[Report on the health of British troops in the Madras command]
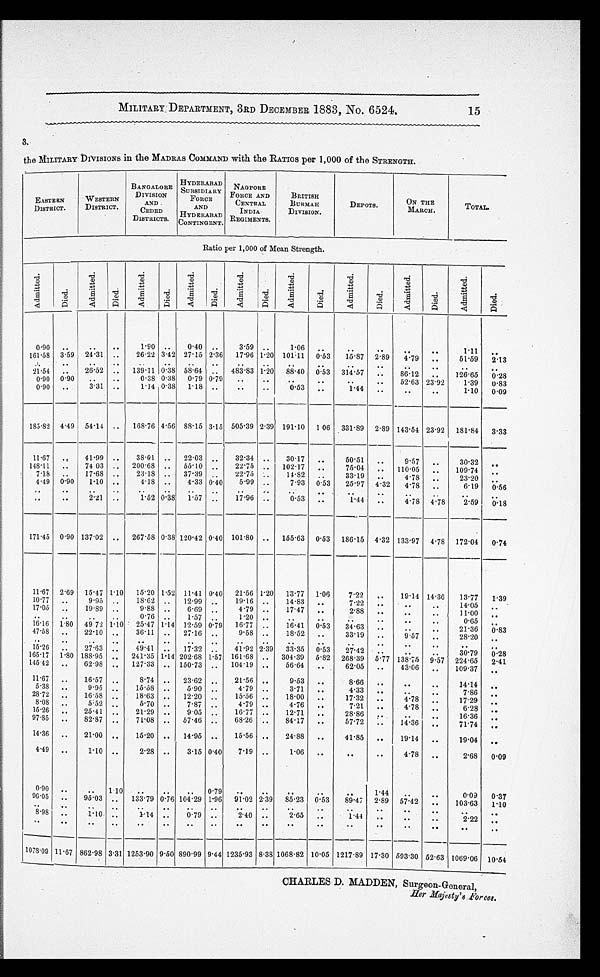
MILITARY DEPARTMENT, 3RD DECEMBER 1883, No. 6524.
15
3.
the MILITARY DIVISIONS in the MADRAS COMMAND with the RATIOS per 1,000 of the STRENGTH.
EASTERN
DISTRICT.
WESTERN
DISTRICT.
BANGALORE
DIVISION
AND
CEDED
DISTRICTS.
HYDERABAD
SUBSIDIARY
FORCE
AND
HYDERABAD
CONTINGENT.
NAGPORE
FORCE AND
CENTRAL
INDIA
EGIMENTS.
BRITISH
BURMAH
DIVISION .
DEPOTS.
ON THE
MARCH.
TOTAL.
Ratio per 1,000 of Mean Strength.
Admi t t ed.
Died.
Admi t t ed.
Di ed.
Admi t t ed.
Di ed.
Admi t t ed.
Di ed.
Admi t t e d.
Di ed.
Admi t t ed.
Di ed.
Admi t t ed.
Di ed.
Ad mi t t e d .
Died.
Ad mi t t e d .
Died.
0.9
..
..
..
1.90 ..
0.40 ..
3.59 ..
1.06 ..
..
..
..
..
1.11 ..
161.58 3.59 24.31 ..
26.22 3.42 27.15 2.36 17.96 1.20 101.11 0.53
15.87 2.89 4.79 ..
51.59 2.13
..
.. ..
.. ..
.. ..
.. ..
.. ..
..
..
..
..
..
..
..
21.54 ..
26.52 .. 139.11 0.38 58.64 .. 483.83 1.20 88.40 0.53 314.57 ..
86.12 ..
126.65 0.28
0.90 0.90
..
..
0.38 0.38 0.79 0.79
..
..
..
.. ..
..
52.63 23.92
1.39 0.83
0.90 ..
3.31 ..
1.14 0.38 1.18 ..
..
..
0.53 ..
1.44 ..
..
..
1.10 0.09
185.82 4.49 54.14 .. 168.76 4.56 88.15 3.15 505.39 2.39 191.10 1.06 331.89 2.89
143.54 23.92 181.84 3.33
11.67 ..
41.99 ..
38.01
..
22.03 ..
32.34
..
30.17 ..
50.51 ..
9.57 ..
30.32 ..
148.11 ..
74.03 .. 200.68 .. 55.10 ..
22.75 ..
102.17 ..
75.04 .. 110.05 ..
109.74 ..
7.18
..
17.68 ..
23.18 .. 37.39 ..
22.75 ..
14.82 ..
33.19 ..
4.78
..
23.20
..
4.49 0.90
1.10 ..
4.18 ..
4.33 0.40
5.99 ..
7.93 0.53
25.97 4.32 4.78 ..
6.19 0.56
..
..
..
..
..
..
..
..
..
.. ..
..
..
..
..
..
..
..
..
..
2.21 ..
1.52 0.38 1.57 ..
17.96 ..
0.53 ..
1.44 ..
4.78 4.78
2.59 0.18
171.45 0.90 137.02 .. 267.58 0.38 120.42 0.40 101.80 .. 155.63 0.53 186.15 4.32 133.97 4.78 172.04 0.74
11.67 2.69 15.17
1.10
15.20 1.52 11.41 0.40 21.56 1.20 13.77 1.06
7.22 ..
19.14 14.36
13.77
1.39
10.77 ..
9.95 ..
18.62 .. 12.99 ..
19.16 ..
14.83 ..
7.22 ..
..
..
14.05 ..
17.05 ..
19.89 ..
9.88 ..
6.69 ..
4.79 ..
17.47 ..
2.88 .. ..
..
11.00
..
..
..
..
..
0.76 ..
1.57 ..
1.20 ..
..
.. ..
..
..
..
0.65 ..
16.16 1.80 49.72 1.10 25.47 1.14 12.59 0.79 16.77 .. 16.41 0.53
34.63 .. ..
..
21.36 0.83
47.58 ..
22.10 ..
36.11 .. 27.16 ..
9.58 ..
18.52 ..
33.19 ..
9 .57 ..
28.20 ..
..
..
..
.. ..
.. ..
..
..
..
..
.. ..
..
..
..
..
..
15.26
..
27.63 ..
49.41 .. 17.32 .. 41.92 2.3933.35 0.53
27.42 ..
..
..
30.79 0.28
165.17 1.80 188.95 ..
241.35 1.14 202.68 1.57 161.68 .. 304.39 5.82 268.39 5.77 138.75 9.57 224.65 2.41
145.42 ..
62.98 .. 127.33 .. 150.73 ..
104.19 ..
56.64 ..
62.05 ..
43.06 ..
109.37 ..
11.67 ..
16.57 ..
8.74 .. 23.62 ..
21.56 ..
9.53 ..
8.66 ..
..
..
14.14
..
5.38 ..
9.95 ..
15.58 ..
5.90 ..
4.79 ..
3.71 ..
4.33 ..
..
..
7.86
..
28.72 ..
16.58 ..
18.63 .. 12.20 ..
15.56 ..
18.00 ..
17.32 ..
4.7
..
17.29
..
8.08 ..
5.52 ..
5.70 ..
7.87 ..
4.79 ..
4.76 ..
7.21 ..
4.78 ..
6.28 ..
15.26 ..
25.41 ..
21.29 ..
9.05 ..
16.77 ..
12.71 ..
28.86 ..
..
..
16.36
..
97.85 ..
82.87 ..
71.08 .. 57.46 ..
68.26 ..
84.17 ..
57.72 ..
14.36 ...
71.74 ...
14.36 ..
21.00 ..
15.20 .. 14.95 ..
15.56 ..
24.88 ..
41.85 ..
19.14 ..
19.04 ..
4.49 ..
1.10 ..
2.28 ..
3.15 0.40
7.19 ..
1.06 ..
..
..
4.78 ..
2.68 0.09
0.90
..
..
1.10
..
..
.. 0.79
..
..
..
..
..
1.44
..
..
0.09 0.37
96.05 ..
95.03 .. 133.79 0.76 104.29 1.96 91.02 2.39 85.23 0.53
89.47 2.89 57.42 ..
103.63 1.10
..
..
..
..
.. .. ..
.. ..
..
..
..
..
..
..
..
..
..
8.98 ..
1.10 ..
1.14 ..
0.79 ..
2.40 ..
2.65 ..
1 .44 .. ..
..
2.22 ..
..
..
..
..
..
..
..
.. ..
..
..
..
..
..
..
..
..
..
1078.09 11.67 862.98 3.31 1253.90 9.50 890.99 9.44 1235.93 8.38 1068.82 10.05 1217.89 17.30 593.30 52.63 1069.06 10.54
CHARLES D. MADDEN, Surgeon-General,
Her Majesty's Forces.